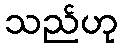
သည်ဟု